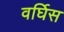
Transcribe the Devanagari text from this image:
वर्घिस